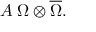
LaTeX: { \cal A } \; \Omega \otimes \overline { { { \Omega } } } .